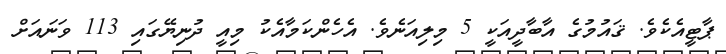
ޕާޓީއެކެވެ. ޤައުމުގެ އާބާދީއަކީ 5 މިލިއަނެވެ. އެހެންކަމާއެކު މިއީ ދުނިޔޭގައި 113 ވަނައަށް